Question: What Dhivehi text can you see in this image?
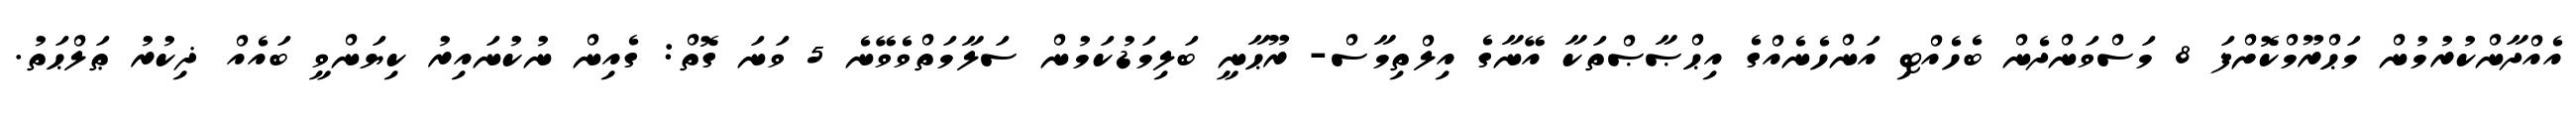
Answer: އެއްދާންކުރުމުން މަޙްރޫމްކޮށްފަ 8 މަސްވަންދެން ބެހެއްޓި އަންހެނެއްގެ އިޙްޞާޞްތަކާ އޭނާގެ އިލްތިމާސް- ރޫޙާނީ ބަލިމަޑުކަމުން ސަލާމަތްވެވޭނެ 5 ވަނަ ގޮތް: ގެއިން ނުކުނައިރު ކިޔަންވީ ބައެއް ޛިކުރު ޠަލްޙަތު.